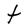
Character: t